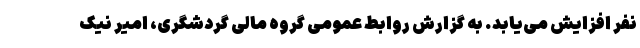
نفر افزایش می‌یابد. به گزارش روابط عمومی گروه مالی گردشگری، امیر نیک